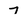
Character: 7